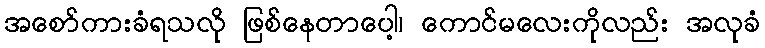
အစော်ကားခံရသလို ဖြစ်နေတာပေါ့၊ ကောင်မလေးကိုလည်း အလုခံ